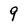
Character: 9